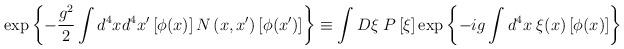
LaTeX: \begin{align*}\exp \left\{ -\frac{g^2}2\int d^4xd^4x^{\prime }\left[ \phi (x)\right]N\left( x,x^{\prime }\right) \left[ \phi (x^{\prime })\right] \right\}\equiv \int D \xi \;P \left[ \xi \right] \exp \left\{ -ig\int d^4x\;\xi(x)\left[\phi (x)\right] \right\}\end{align*}